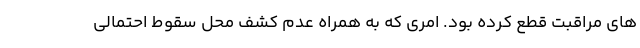
های مراقبت قطع کرده بود. امری که به همراه عدم کشف محل سقوط احتمالی